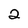
Character: 2